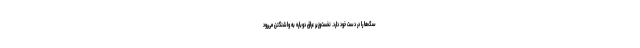
سگ‌ها را در دست خود دارد. نخست‌وزیر عراق دوباره به واشنگتن می‌رود